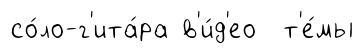
со́ло-г'ита́ра в'и́д'ео т'е́мы